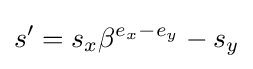
s'=s_{x}\beta ^{e_{x}-e_{y}}-s_{y}